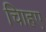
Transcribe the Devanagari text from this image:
चािहए